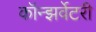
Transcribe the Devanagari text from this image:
कॉन्झर्वेटरी